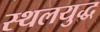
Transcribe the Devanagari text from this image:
स्थलयुद्ध